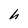
Character: h